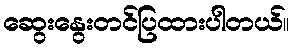
ဆွေးနွေးတင်ပြထားပါတယ်။